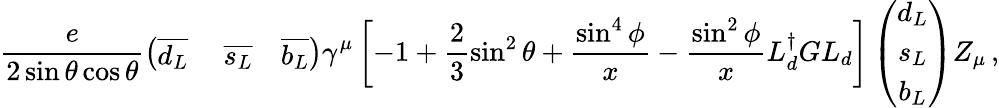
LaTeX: \frac e{2\sin\theta\cos\theta}\left(\begin{array}{ccc}{{\overline{{{d_{L}}}}}}&{{\ \overline{{{s_{L}}}}}}&{{\overline{{{b_{L}}}}}}\end{array}\right)\gamma^{\mu}\left[-1+\frac 23\sin^{2}\theta+\frac{\sin^{4}\phi}x-\frac{\sin^{2}\phi}xL_{d}^{\dagger}GL_{d}\right]\left(\begin{array}{c}{{d_{L}}}\\ {{s_{L}}}\\ {{b_{L}}}\end{array}\right)Z_{\mu}\, ,